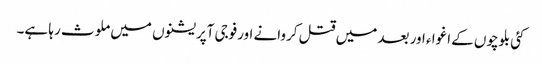
کئی بلوچوں کے اغوا ء اور بعد میں قتل کروانے اورفوجی آپریشنوں میں ملوث رہا ہے۔